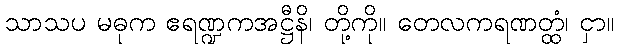
သာသပ မဓုက ဧရဏ္ဍကအဋ္ဌီနိ၊ တို့ကို။ တေလကရဏတ္ထံ၊ ငှာ။